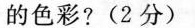
的色彩?(2分)